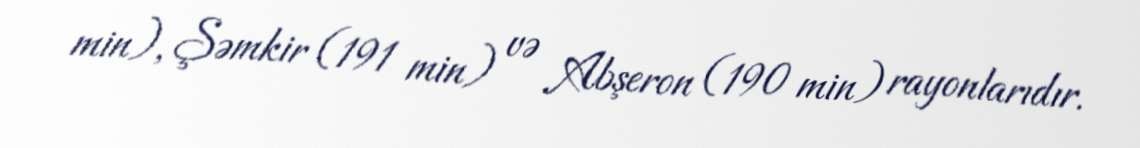
min), Şəmkir (191 min) və Abşeron (190 min) rayonlarıdır.